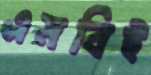
এমবিই